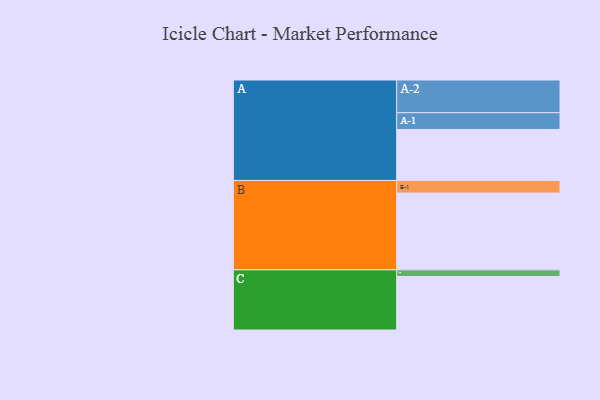
{"axis": {"x": "Segment", "y": "Value"}, "legend": ["", "A", "B", "C"], "data": [{"x": "A", "y": 396, "type": ""}, {"x": "B", "y": 596, "type": ""}, {"x": "C", "y": 415, "type": ""}, {"x": "A-1", "y": 130, "type": "A"}, {"x": "A-2", "y": 254, "type": "A"}, {"x": "B-1", "y": 98, "type": "B"}, {"x": "C-1", "y": 52, "type": "C"}]}